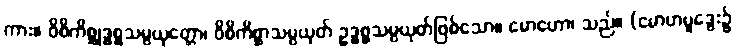
ကား။ ဝိစိကိစ္ဆုဒ္ဓစ္စသမ္ပယုတ္တော၊ ဝိစိကိစ္ဆာသမ္ပယုတ် ဥဒ္ဓစ္စသမ္ပယုတ်ဖြစ်သော။ မောဟော၊ သည်။ (မောဟမူဒွေး၌